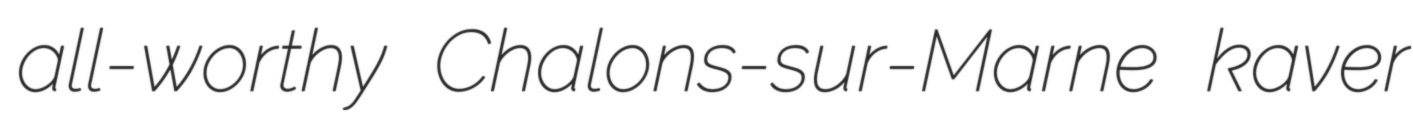
all-worthy Chalons-sur-Marne kaver